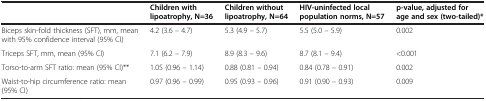
<table><thead><tr><td><b> </b></td><td><b>Children with lipoatrophy, N=36</b></td><td><b>Children without lipoatrophy, N=64</b></td><td><b>HIV-uninfected local population norms, N=57</b></td><td><b>p-value, adjusted for age and sex (two-tailed)*</b></td></tr></thead><tbody><tr><td>Biceps skin-fold thickness (SFT), mm, mean with 95% confidence interval (95% CI)</td><td>4.2 (3.6 – 4.7)</td><td>5.3 (4.9 – 5.7)</td><td>5.5 (5.0 – 5.9)</td><td>0.002</td></tr><tr><td>Triceps SFT, mm, mean (95% CI)</td><td>7.1 (6.2 – 7.9)</td><td>8.9 (8.3 – 9.6)</td><td>8.7 (8.1 – 9.4)</td><td>&lt;0.001</td></tr><tr><td>Torso-to-arm SFT ratio: mean (95% CI)**</td><td>1.05 (0.96 – 1.14)</td><td>0.88 (0.81 – 0.94)</td><td>0.84 (0.78 – 0.91)</td><td>0.002</td></tr><tr><td>Waist-to-hip circumference ratio: mean (95% CI)</td><td>0.97 (0.96 – 0.99)</td><td>0.95 (0.93 – 0.96)</td><td>0.91 (0.90 – 0.93)</td><td>0.009</td></tr></tbody></table>